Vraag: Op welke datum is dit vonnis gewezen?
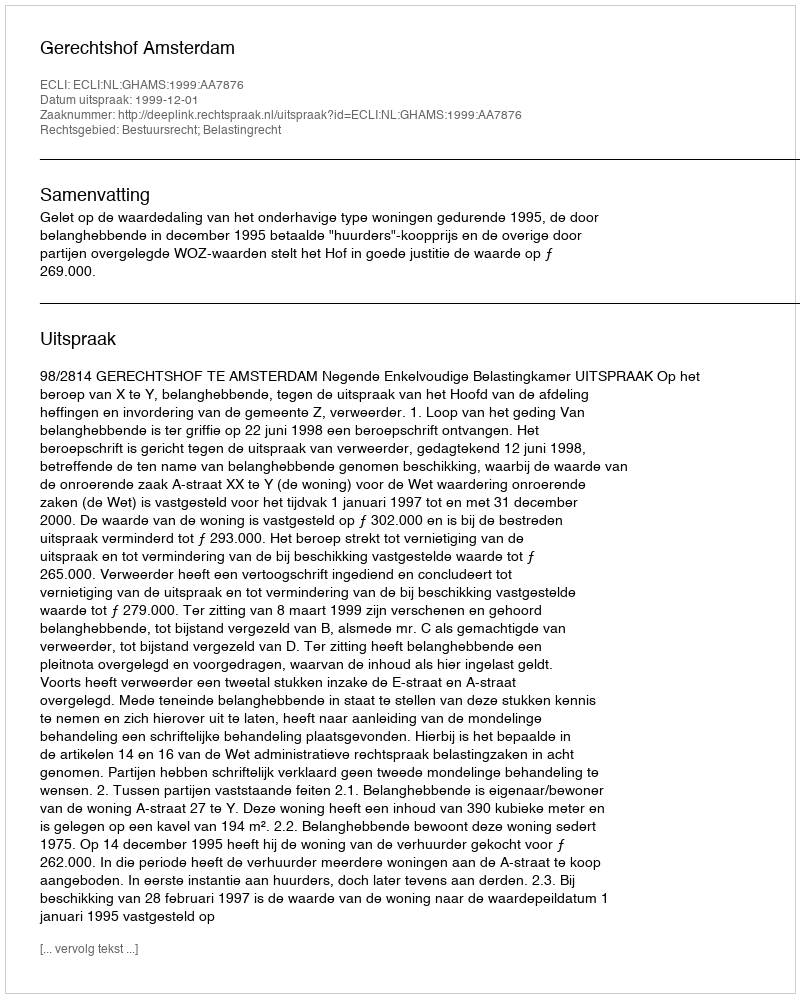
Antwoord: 1999-12-01